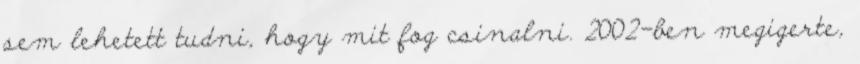
sem lehetett tudni, hogy mit fog csinalni. 2002-ben megigerte,